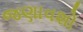
જણાવશો